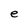
Character: e